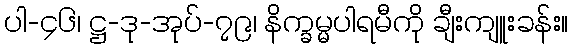
ပါ-၄၆၊ ဋ္ဌ-ဒု-အုပ်-၇၉၊ နိက္ခမ္မပါရမီကို ချီးကျူးခန်း။